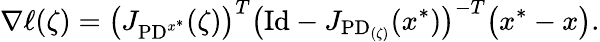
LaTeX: \nabla\ell(\zeta)=\bigl(J_{\mathrm{PD}^{x^{*}}}(\zeta)\bigr)^{T}\bigl(\mathrm{Id}-J_{\mathrm{PD}_{(\zeta)}}(x^{*})\bigr)^{-T}\bigl(x^{*}-x\bigr).